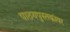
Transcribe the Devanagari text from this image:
पाठयपुस्तकांवर